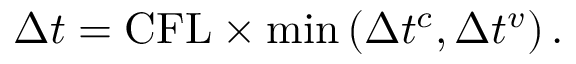
\Delta t = \mathrm { C F L } \times \operatorname* { m i n } \left( \Delta t ^ { c } , \Delta t ^ { v } \right) .